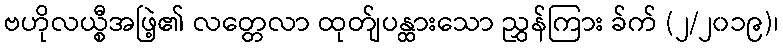
ဗဟိုလယ္စီအဖြဲ့၏ လတ္တေလာ ထုတ်ျပန္ထားသော ညွှန်ကြား ခ်က် (၂/၂၀၁၉)၊